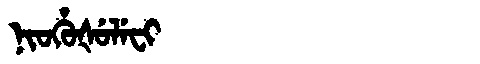
Manchu: ᠨᡳᠣᡥᡠᡧᡠᠯᡝᠸᡳ
Romanization: NIOHUŠULEFI